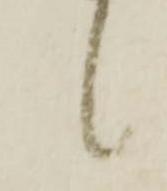
候